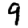
Digit: 9